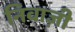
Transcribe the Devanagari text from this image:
निवाज़ी